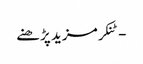
- ٹنکرمزید پڑھنے